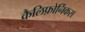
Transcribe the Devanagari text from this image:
कैलिफ़ोर्निकस